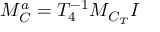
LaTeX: { \cal M } _ { \small { C } } ^ { a } = T _ { 4 } ^ { - 1 } { \cal M } _ { \small { C _ { T } } } I